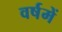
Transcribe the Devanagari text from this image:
वर्षमें